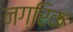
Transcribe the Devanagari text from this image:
नग्रिक